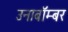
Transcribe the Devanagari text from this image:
उनाबॉम्बर